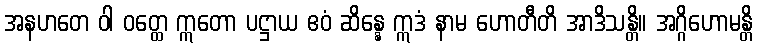
အနဟတေ ဝါ ဝတ္ထေ ဣတော ပဋ္ဌာယ ဧဝံ ဆိန္နေ ဣဒံ နာမ ဟောတီတိ အာဒိသန္တိ။ အဂ္ဂိဟောမန္တိ